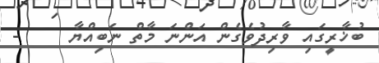
ބުޚާރީގައި ވާރިދުވެގެން އަންނަ މާތް ނަބިއްޔާ     -